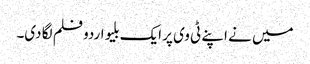
میں نے اپنے ٹی وی پر ایک بلیو اردو فلم لگا دی۔